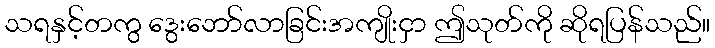
သရနှင့်တကွ ဒွေးဘော်လာခြင်းအကျိုးငှာ ဤသုတ်ကို ဆိုရပြန်သည်။